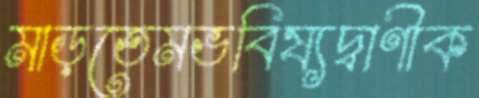
মাড়তেমভবিষ্যদ্বাণীক